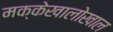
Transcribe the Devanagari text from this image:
मक्केखालोखाल